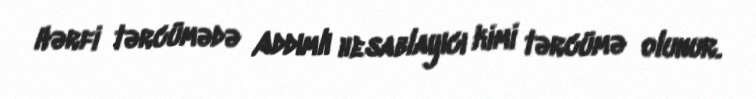
Hərfi tərcümədə Addımlı hesablayıcı kimi tərcümə olunur.